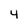
Character: 4